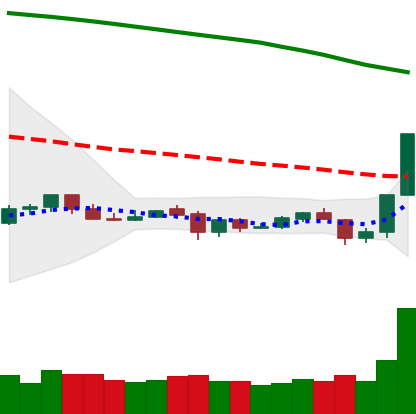
Ticker: NEO-USD
Chart end date: 2019-10-26
Forward return: 17.231%
Label: up_7plus